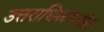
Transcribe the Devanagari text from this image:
उत्तराधिकाऱ्यांत